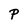
Character: P